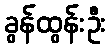
ခွန်ထွန်းဦး